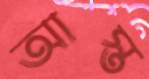
আস্ত